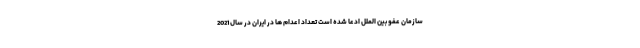
سازمان عفو بین الملل ادعا شده است تعداد اعدام ها در ایران در سال 2021